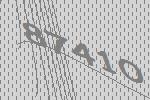
87410